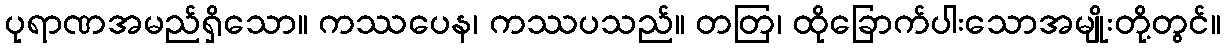
ပုရာဏအမည်ရှိသော။ ကဿပေန၊ ကဿပသည်။ တတြ၊ ထိုခြောက်ပါးသောအမျိုးတို့တွင်။